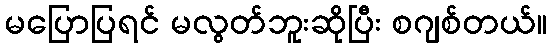
မပြောပြရင် မလွတ်ဘူးဆိုပြီး စဂျစ်တယ်။